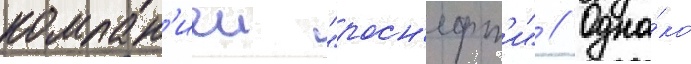
компан'иеи "росн'ефт'и" // Одна́ко